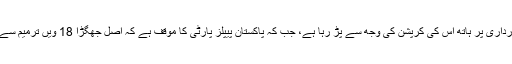
حکومت کا کہنا ہے کہ ”زرداری پر ہاتھ اس کی کرپشن کی وجھ سے پڑ رہا ہے، جب کہ پاکستان پیپلز پارٹی کا موقف ہے کہ اصل جھگڑا 18 ویں ترمیم سے ہاتھ اٹھانے کا پریشر ہے۔